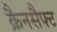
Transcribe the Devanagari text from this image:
क्रैनसैफ्ट